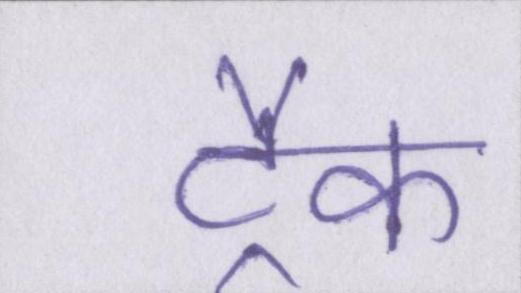
ट्रैक